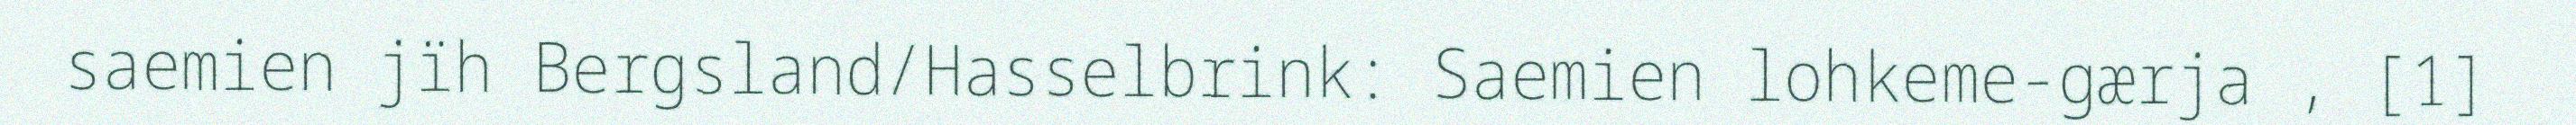
saemien jïh Bergsland/Hasselbrink: Saemien lohkeme-gærja , [1]